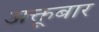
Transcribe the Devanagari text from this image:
अक्तूबार